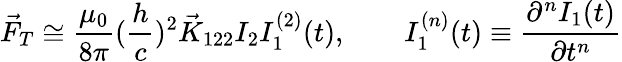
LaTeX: \vec{F}_{T}\cong\frac{\mu_{0}}{8\pi}(\frac{h}{c})^{2}\vec{K}_{122}I_{2}I_{1}^{(2)}(t),\qquad I_{1}^{(n)}(t)\equiv\frac{\partial^{n}I_{1}(t)}{\partial t^{n}}